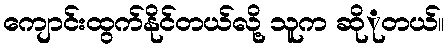
ကျောင်းထွက်နိုင်တယ်လို့ သူက ဆိုုတယ်။